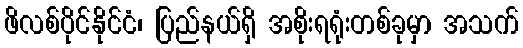
ဖိလစ်ပိုင်နိုင်ငံ၊ ပြည်နယ်ရှိ အစိုးရရုံးတစ်ခုမှာ အသက်